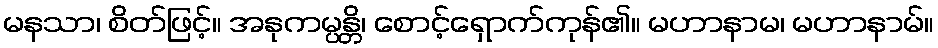
မနသာ၊ စိတ်ဖြင့်။ အနုကမ္ပန္တိ၊ စောင့်ရှောက်ကုန်၏။ မဟာနာမ၊ မဟာနာမ်။